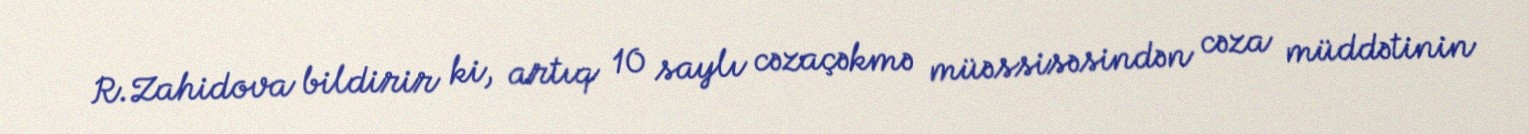
R.Zahidova bildirir ki, artıq 10 saylı cəzaçəkmə müəssisəsindən cəza müddətinin